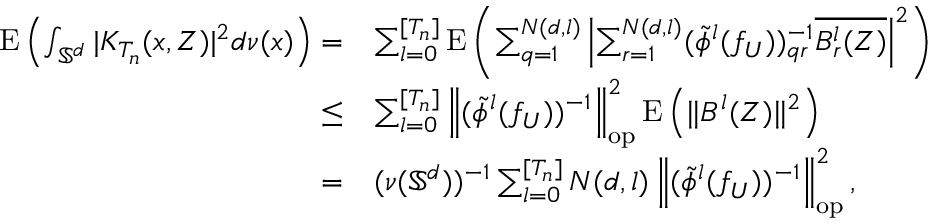
\begin{array} { r l } { \mathrm { E } \left( \int _ { \mathbb { S } ^ { d } } | K _ { T _ { n } } ( x , Z ) | ^ { 2 } d \nu ( x ) \right) = } & { \sum _ { l = 0 } ^ { [ T _ { n } ] } \mathrm { E } \left( \sum _ { q = 1 } ^ { N ( d , l ) } \left| \sum _ { r = 1 } ^ { N ( d , l ) } ( \tilde { \phi } ^ { l } ( f _ { U } ) ) _ { q r } ^ { - 1 } \overline { { B _ { r } ^ { l } ( Z ) } } \right| ^ { 2 } \right) } \\ { \leq } & { \sum _ { l = 0 } ^ { [ T _ { n } ] } \left\| ( \tilde { \phi } ^ { l } ( f _ { U } ) ) ^ { - 1 } \right\| _ { \mathrm { o p } } ^ { 2 } \mathrm { E } \left( \| B ^ { l } ( Z ) \| ^ { 2 } \right) } \\ { = } & { ( \nu ( \mathbb { S } ^ { d } ) ) ^ { - 1 } \sum _ { l = 0 } ^ { [ T _ { n } ] } N ( d , l ) \left\| ( \tilde { \phi } ^ { l } ( f _ { U } ) ) ^ { - 1 } \right\| _ { \mathrm { o p } } ^ { 2 } , } \end{array}